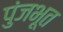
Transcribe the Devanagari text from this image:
पुंजभूत